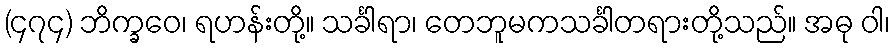
(၄၇၄) ဘိက္ခဝေ၊ ရဟန်းတို့။ သင်္ခါရာ၊ တေဘူမကသင်္ခါတရားတို့သည်။ အဓု ဝါ၊